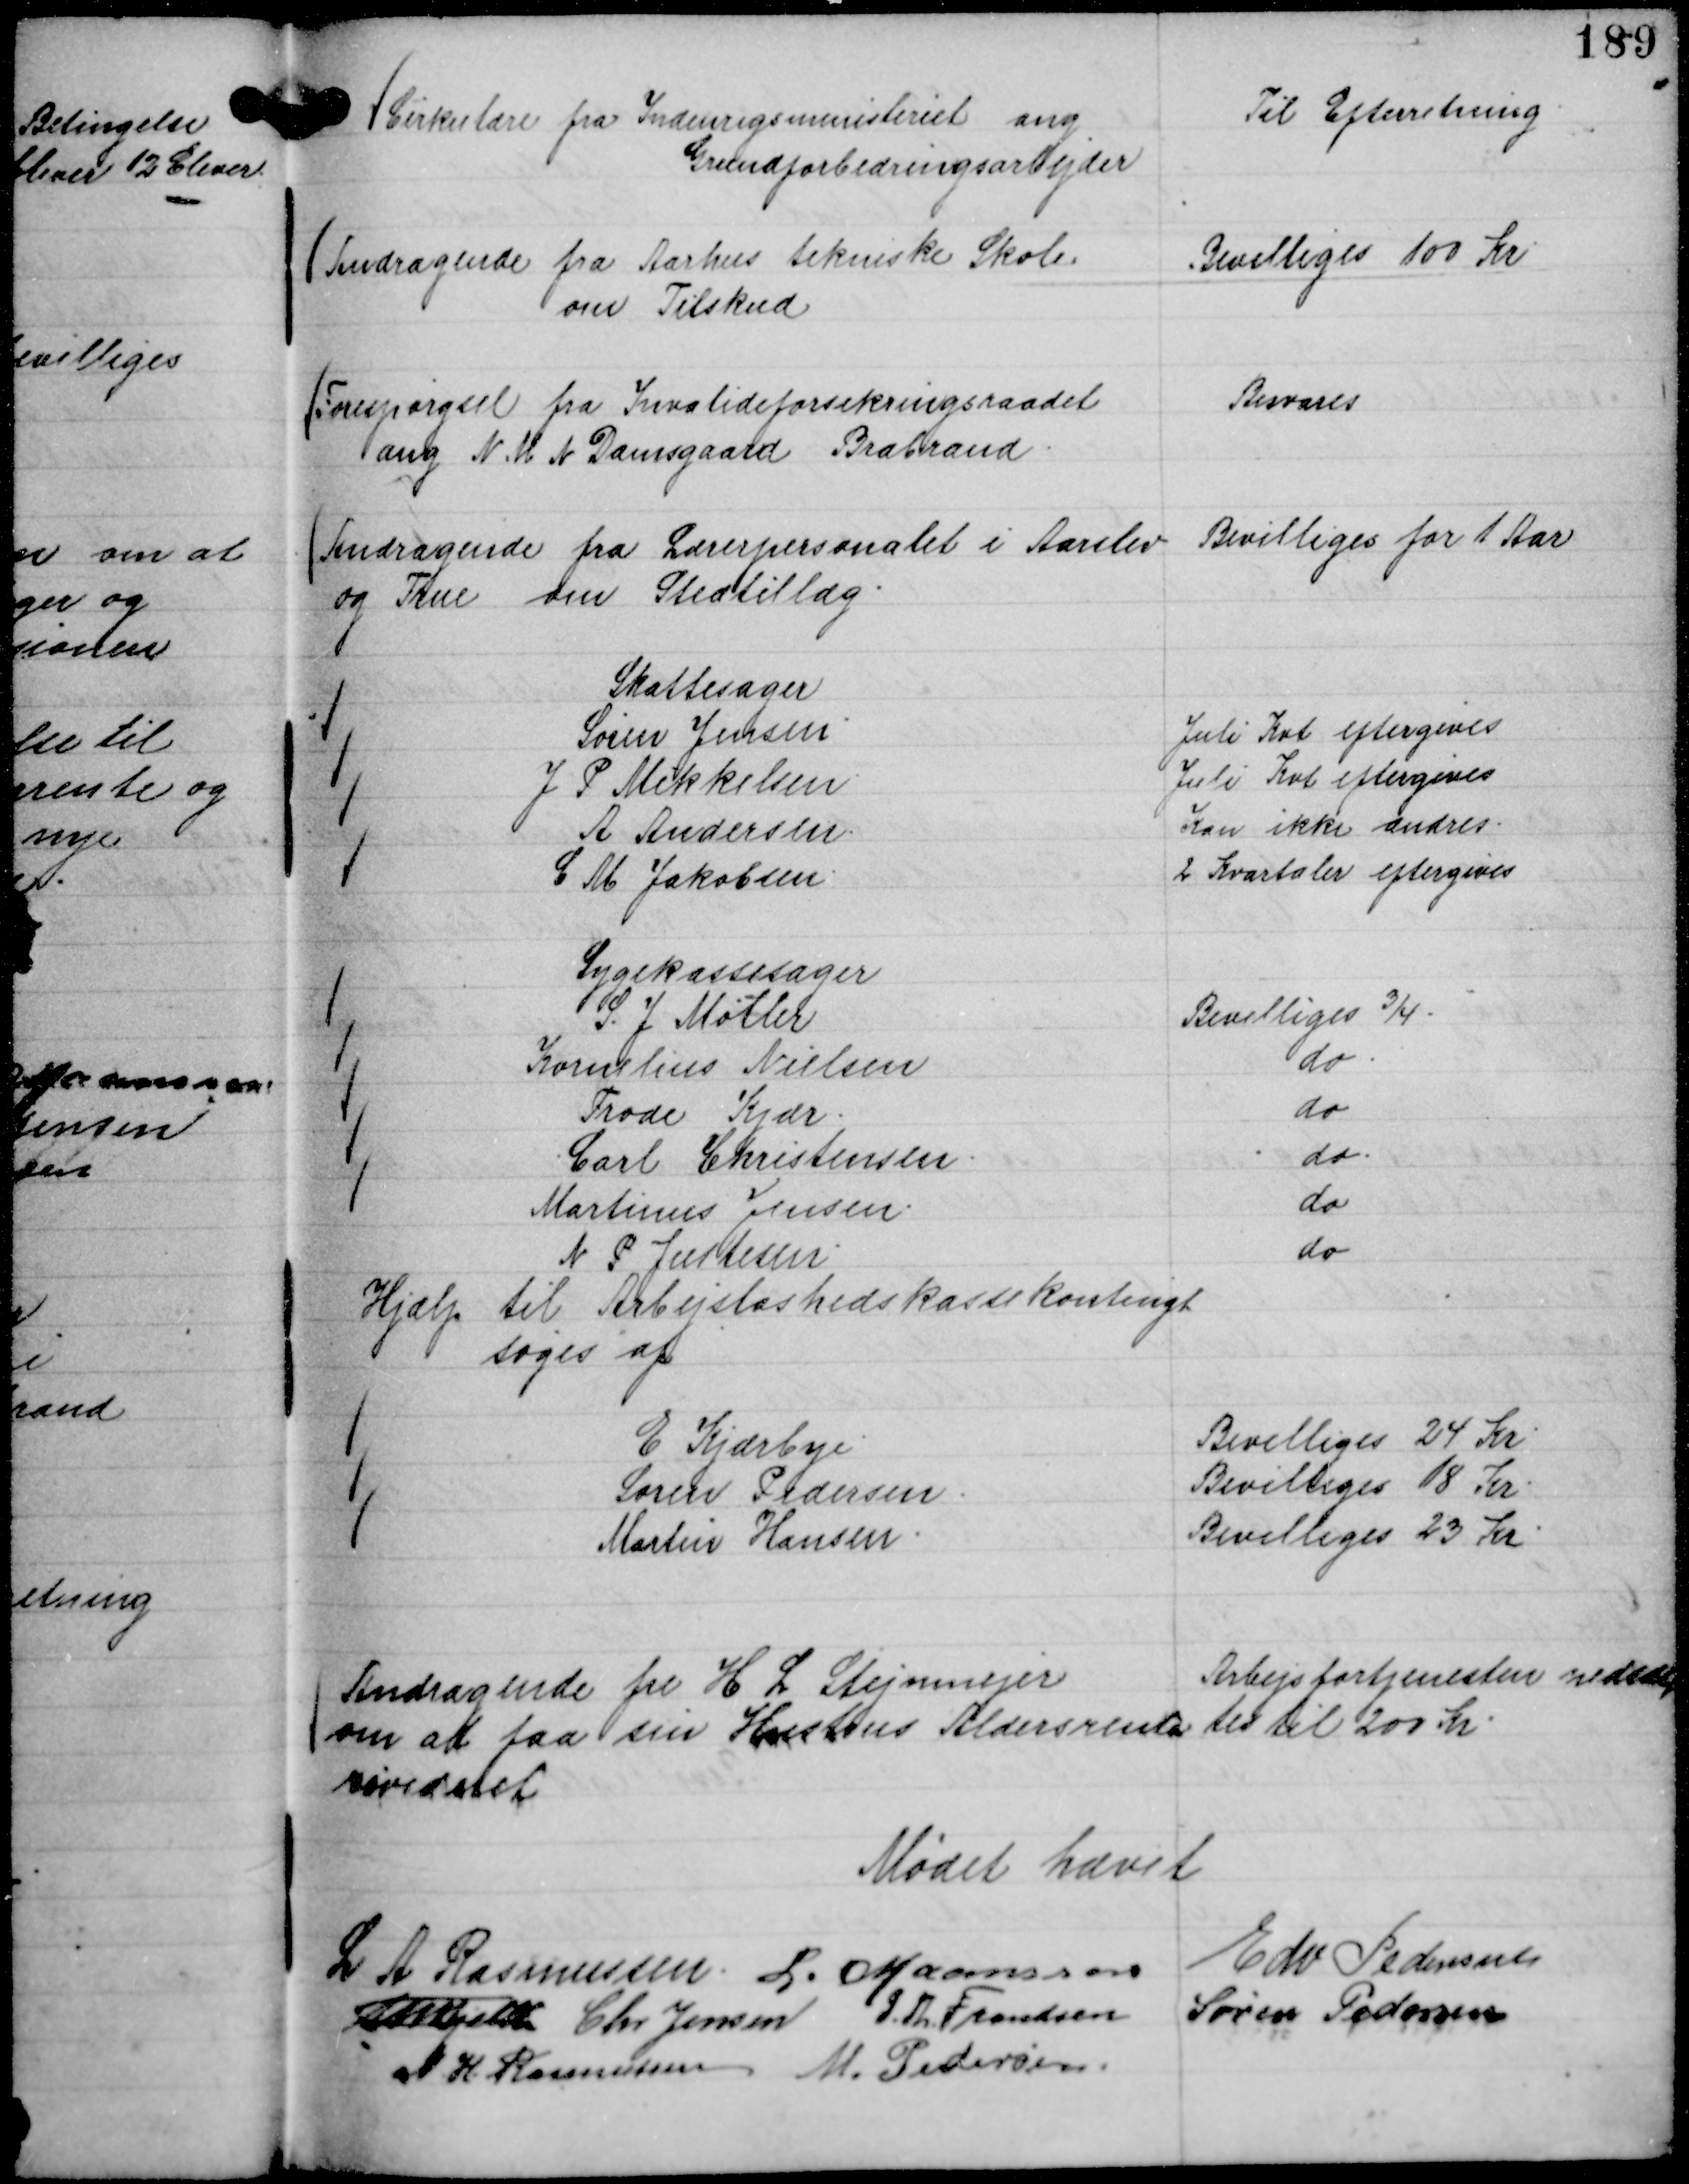
Transskription:
Cirkulære fra Indenrigsministeriet ang
Grundforbedringsarbejder

Til Efterretning.

Andragende fra Aarhus tekniske Skole .
om Tilskud

Bevilliges 100 Kr

Forespørgsel fra Invalideforsikringsraadet
ang N M N Damsgaard Brabrand.

Besvares

Andragende fra Lærerpersonalet i Aarslev
og True om Stedtillæg.

Bevilliges for 1 Aar

Skattesager
Søren Jensen.
Juli Kvt eftergives
J P Mikkelsen.
Juli Kvt eftergives
A Andersen.
Kan ikke ændres.
C M Jakobsen.
2 Kvartaler eftergives

Sygekassesager
S. J Møller
Bevilliges ¾.
Kornelius Nielsen
do.
Frode Kjær.
do
Carl Christensen.
do.
Martinus Jensen.
do
N P Justesen
do

Hjælp til Arbejsløshedskassekontigt
søges af
E Kjærbye.
Bevilliges 24 Kr.
Søren Pedersen.
Bevilliges 18 Kr.
Martin Hansen.
Bevilliges 23 Kr.

Andragende fre H L Stejnmejer
om at faa sin Hustrus Aldersrente
revideret

Arbejsfortjenesten nedsæt,,
tes til 200 Kr.

Mødet hævet
L A Rasmussen.
L. Maansson
Edv Pedersen
Th Bjelke
Chr Jensen
P. Th. Frandsen
Søren Pedersen
N. H. Rasmussen
M. Pedersen.